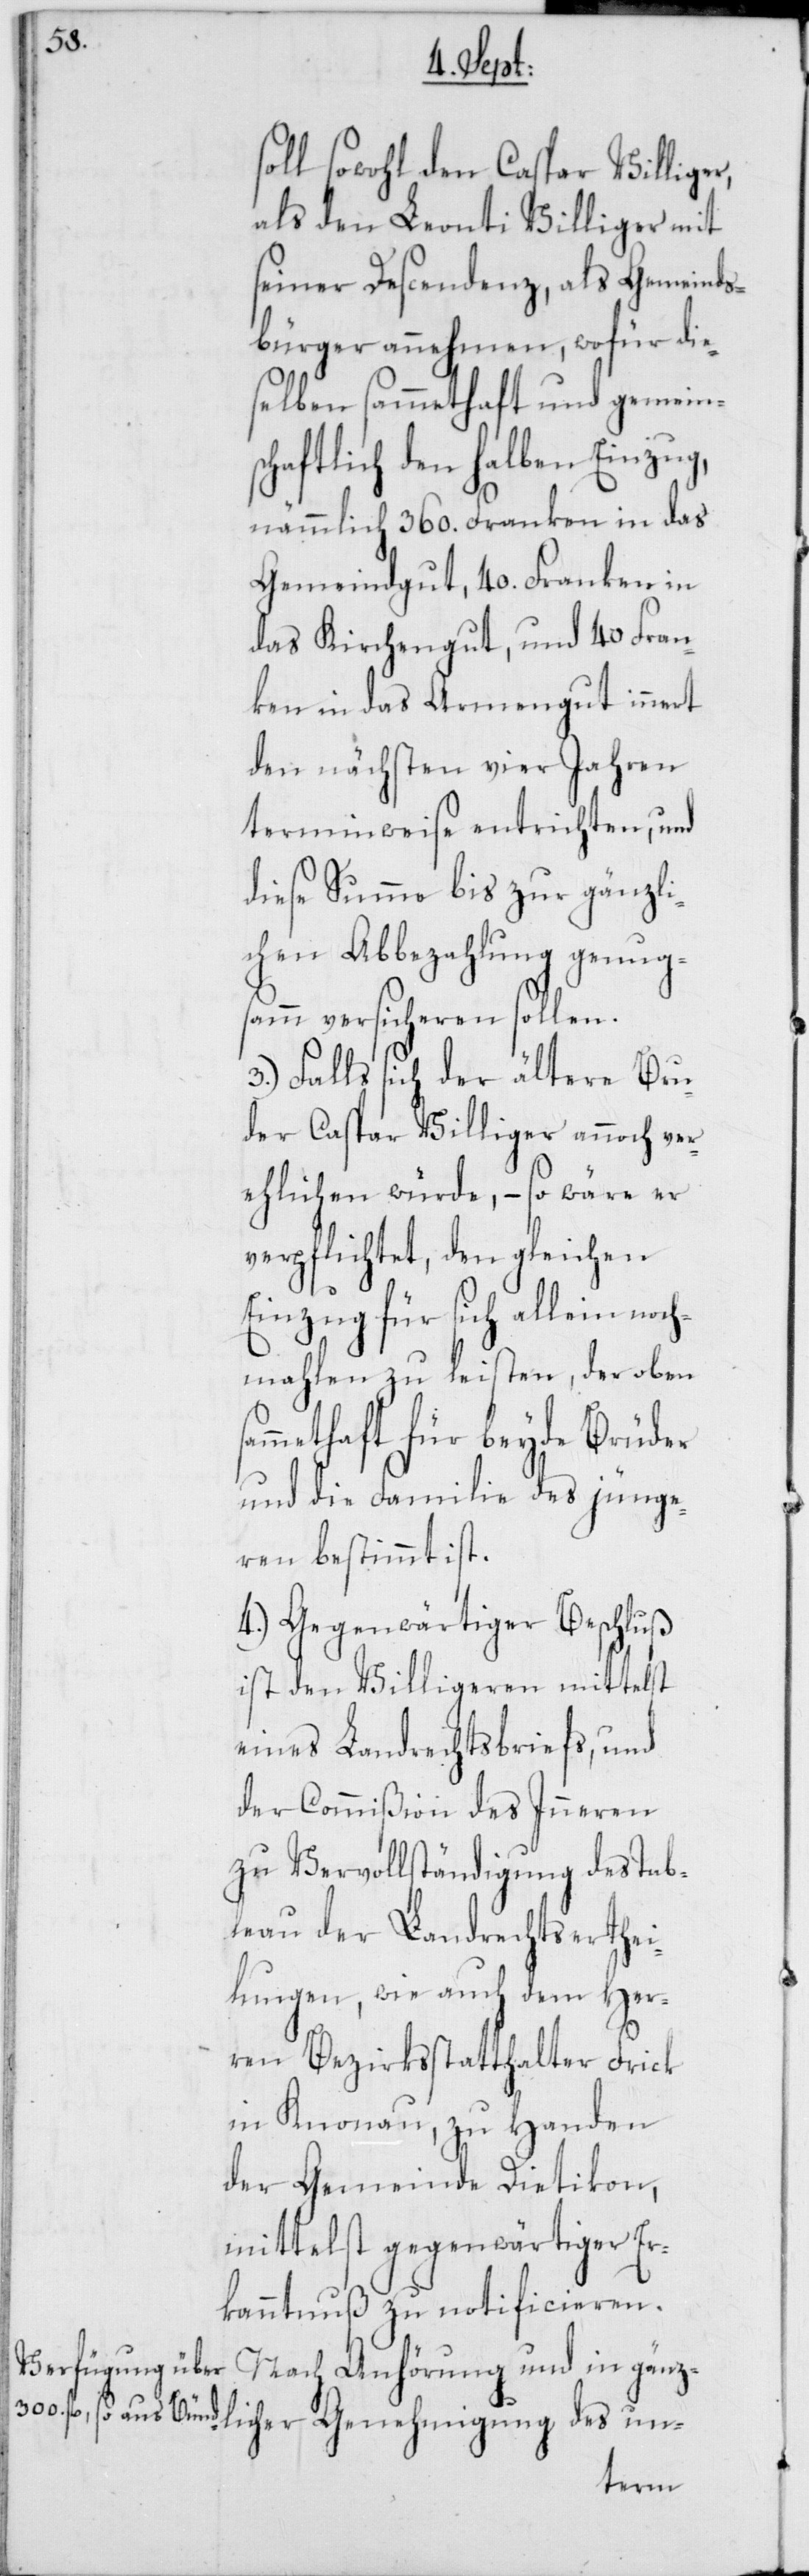
s¬

soll sowohl den Caspar Villiger,
als den Leonti Villiger mit
seiner Descendenz, als Gemeinds¬
bürger annehmen, wofür die¬
selben sammethaft und gemein¬
schaftlich den halben Einzug,
nämmlich 360. Franken in das
Gemeindgut, 40. Franken in
das Kirchengut, und 40 Fran¬
ken in das Armengut innert
den nächsten vier Jahren
terminweise entrichten, und
diese Summe bis zur gänzli¬
chen Abbezahlung genug¬
samm versicheren sollen.
3. Falls sich der ältere Bru¬
der Caspar Villiger annoch ver¬
ehlichen würde, – so wäre er
verpflichtet, den gleichen
Einzug für sich allein noch¬
mahlen zu leisten, der oben
ammethaft für beyde Brüder
und die Familie des jünge¬
ren bestimmt ist.
4. Gegenwärtiger Beschluß
ist den Villigeren mittelst
eines Landrechtsbriefs, und
der Commißion des Inneren
zu Vervollständigung des Tab¬
leau der Landrechtserthei¬
lungen, wie auch dem Her¬
ren Bezirksstatthalter Frick
in Knonau, zu Handen
der Gemeinde Dietikon,
mittelst gegenwärtiger Er¬
kanntnus zu notificieren.
Nach Anhörung und in gänz¬
licher Genehmigung des un-